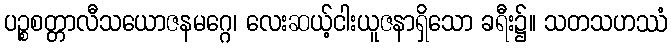
ပဉ္စစတ္တာလီသယောဇနမဂ္ဂေ၊ လေးဆယ့်ငါးယူဇနာရှိသော ခရီး၌။ သတသဟဿံ